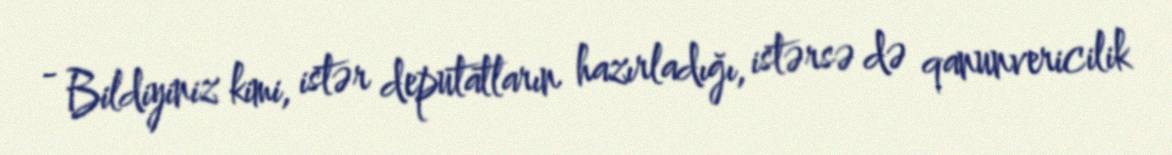
- Bildiyiniz kimi, istər deputatların hazırladığı, istərsə də qanunvericilik